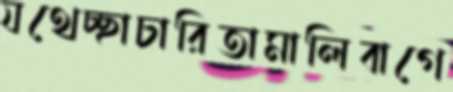
যথেচ্ছাচারিতামালিবাগে